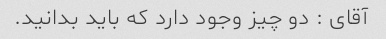
آقای : دو چیز وجود دارد که باید بدانید.